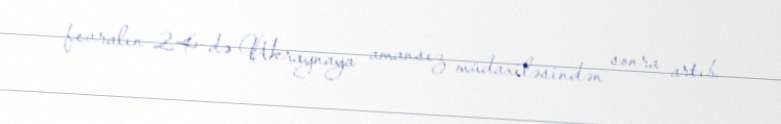
fevralın 24-də Ukraynaya amansız müdaxiləsindən sonra artıb.